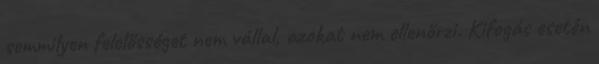
semmilyen felelősséget nem vállal, azokat nem ellenőrzi. Kifogás esetén